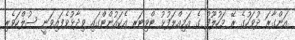
އަންގާރަ ދުވަހުގެ ރޭ މަހުލޫފު ގެ އަމިއްލަފުޅު ޓްވިޓަރ އެކައުންޓްގައި ވިދާޅުވެފައިވަނީ ސުލްހަވެރި